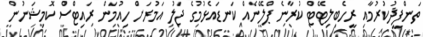
ތަންފީޛުކުރުމާއި ރީހެބިލިޓޭޓް ކުރާނެ ޕްލޭނެއް ކަނޑައެޅުމުގެ ޖަލު އަމުރަށް ހިއުމަން ރައިޓްސް ކޮމިޝަނުން